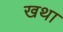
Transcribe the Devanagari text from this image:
खथा